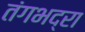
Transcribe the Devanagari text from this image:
तंगभद्रा